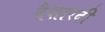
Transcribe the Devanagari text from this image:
वैशारदी